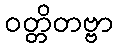
ဝတ္တိတဗ္ဗာ